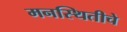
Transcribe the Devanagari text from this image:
मनस्थितीचे